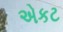
એકટ